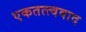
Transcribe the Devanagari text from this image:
एकतत्त्ववाद